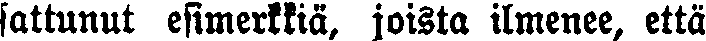
sattunut esimerkkiä, joista ilmenee, että